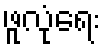
ဖူလုံရေး